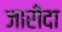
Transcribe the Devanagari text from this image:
जारीदा